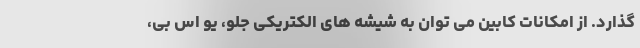
گذارد. از امکانات کابین می توان به شیشه های الکتریکی جلو، یو اس بی،